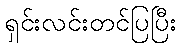
ရှင်းလင်းတင်ပြပြီး